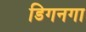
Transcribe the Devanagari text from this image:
डिगनगा